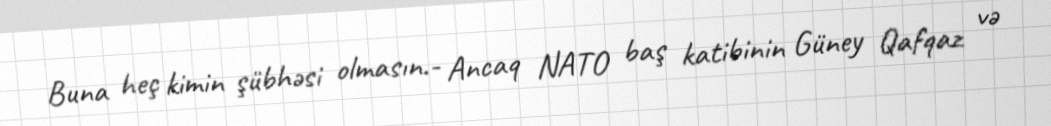
Buna heç kimin şübhəsi olmasın.- Ancaq NATO baş katibinin Güney Qafqaz və